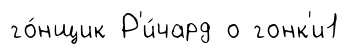
го́нщик Р'и́чард о гонк'и1